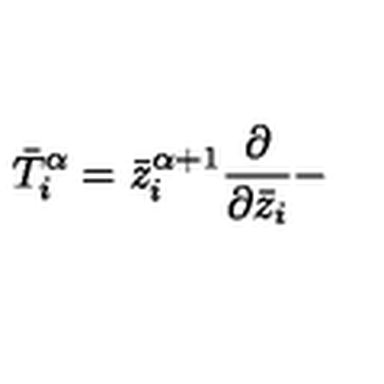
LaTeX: \bar { T } _ { i } ^ { \alpha } = \bar { z } _ { i } ^ { \alpha + 1 } { \frac { \partial } { \partial \bar { z } _ { i } } } -